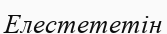
Елестететін